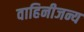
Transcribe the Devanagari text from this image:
वाहिनीजन्य